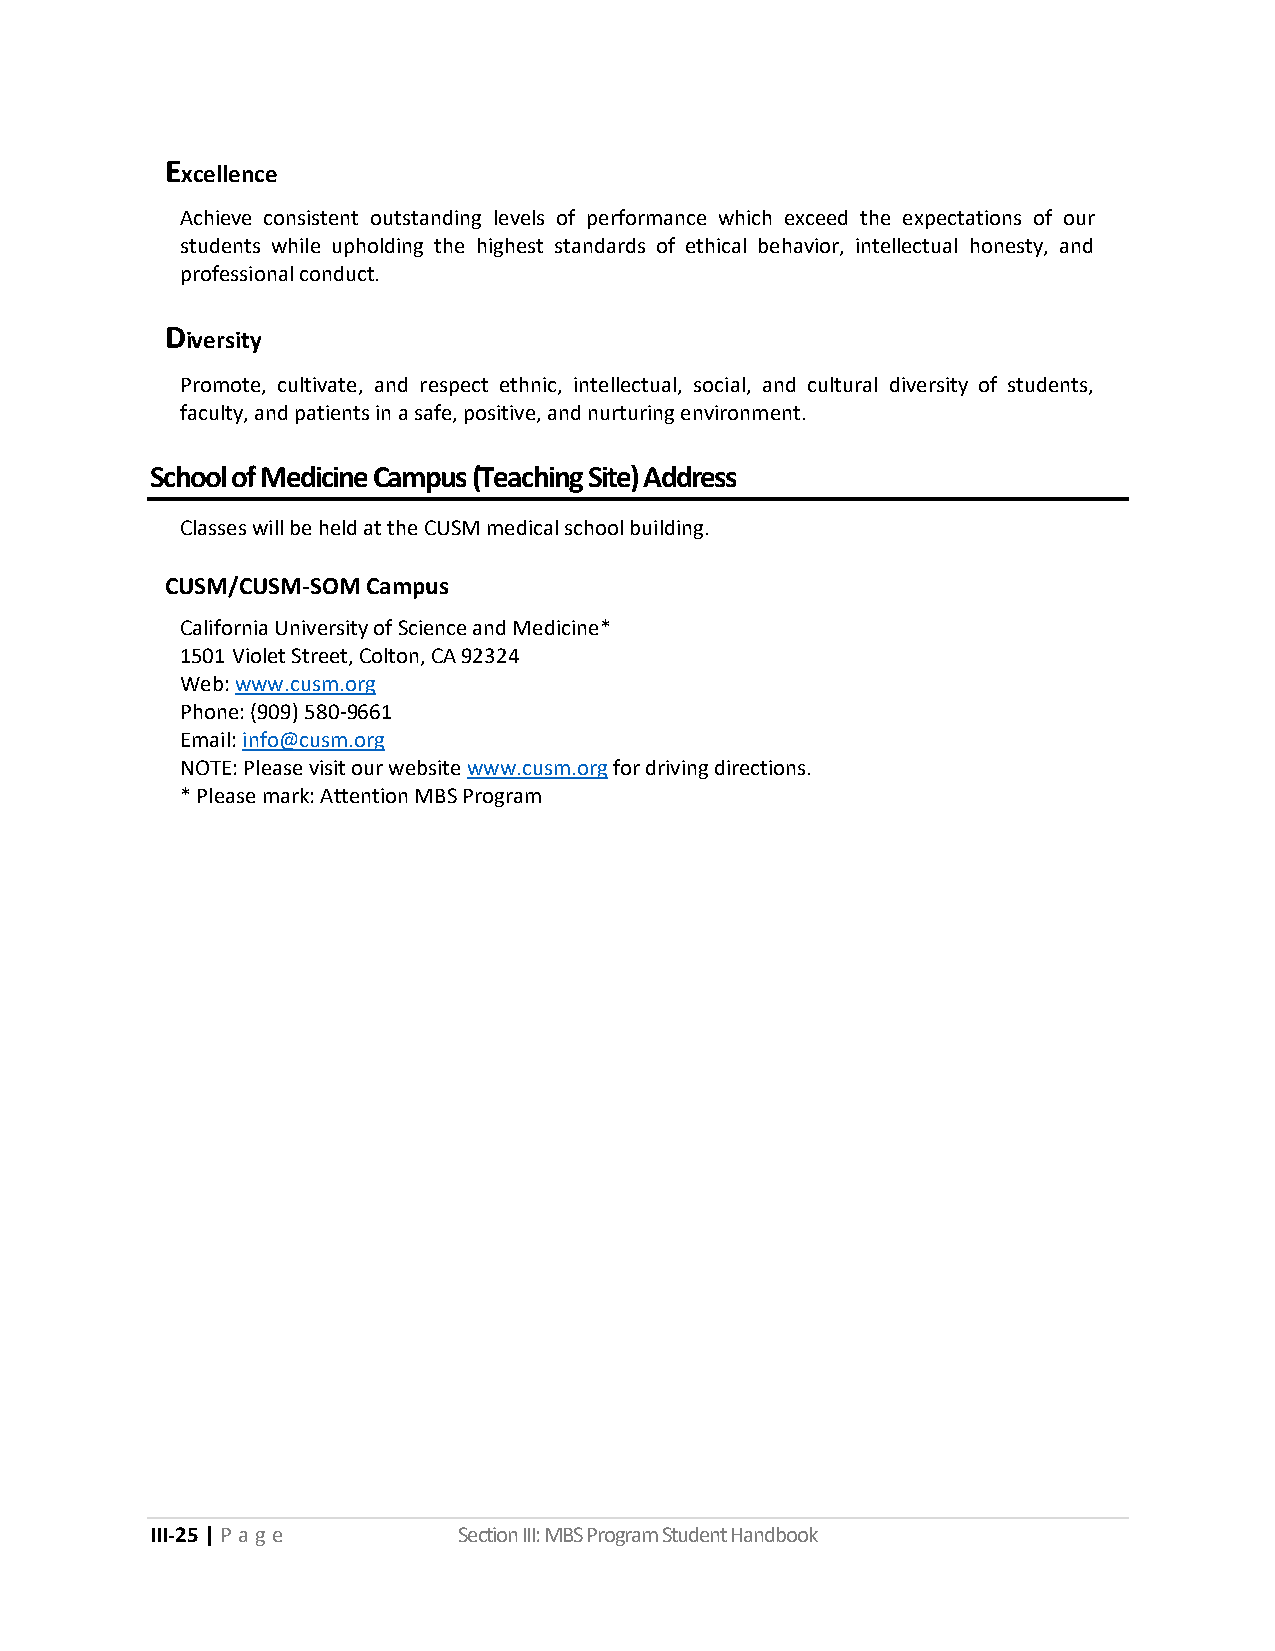
E
 xcellence
 Achieve consistent outstanding levels of performance which exceed the expectations of our
 students while upholding the highest standards of ethical behavior, intellectual honesty, and
 professional conduct.
 D
 iversity
 Promote, cultivate, and respect ethnic, intellectual, social, and cultural diversity of students,
 faculty, and patients in a safe, positive, and nurturing environment.
 School of Medicine Campus (Teaching Site) Address
 Classes will be held at the CUSM medical school building.
 CUSM/CUSM-SOM Campus
 California University of Science and Medicine*
 1501 Violet Street, Colton, CA 92324
 Web: www.cusm.org
 Phone: (909) 580-9661
 Email: info@cusm.org
 NOTE: Please visit our website www.cusm.org for driving directions.
 * Please mark: Attention MBS Program
 III-25 | P a ge     Section III: MBS Program Student Handbook